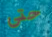
حتى